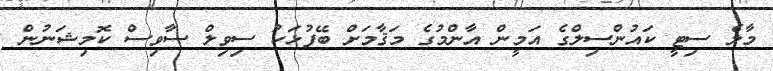
މާލެ ސިޓީ ކައުންސިލްގެ އަމީން އާންމުގެ މަޤާމަށް ބޭފުޅަކު ސިވިލް ސާވިސް ކޮމިޝަނުން